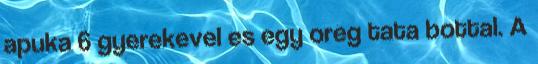
apuka 6 gyerekevel es egy oreg tata bottal. A